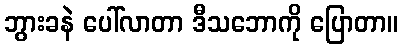
ဘွားခနဲ ပေါ်လာတာ ဒီသဘောကို ပြောတာ။